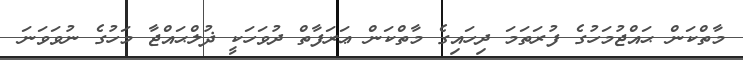
މާތްކަން ޙައްޖުމަހުގެ ފުރަތަމަ ދިހައިގެ މާތްކަން ޢަރަފާތް ދުވަހަކީ ޛުލްޙައްޖާ މަހުގެ ނުވަވަނަ